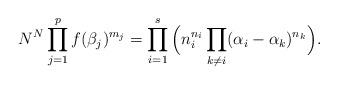
LaTeX: \begin{align*} N^N \prod_{j=1}^p f(\beta_j)^{m_j} = \prod_{i=1}^s \Big( n_i^{n_i}\prod_{k\neq i}(\alpha_i-\alpha_k)^{n_k}\Big).\end{align*}